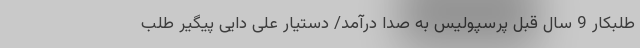
طلبکار 9 سال قبل پرسپولیس به صدا درآمد/ دستیار علی دایی پیگیر طلب